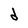
Character: d